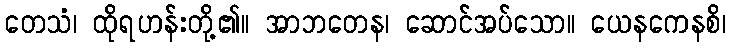
တေသံ၊ ထိုရဟန်းတို့၏။ အာဘတေန၊ ဆောင်အပ်သော။ ယေနကေနစိ၊